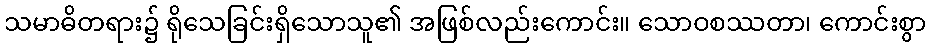
သမာဓိတရား၌ ရိုသေခြင်းရှိသောသူ၏ အဖြစ်လည်းကောင်း။ သောဝစဿတာ၊ ကောင်းစွာ